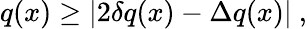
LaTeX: q(x)\geq|2\delta q(x)-\Delta q(x)|\ ,